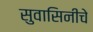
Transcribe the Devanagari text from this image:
सुवासिनीचे